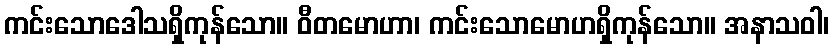
ကင်းသောဒေါသရှိကုန်သော။ ဝီတမောဟာ၊ ကင်းသောမောဟရှိကုန်သော။ အနာသဝါ၊